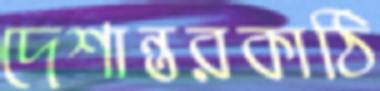
দেশান্তরকাঠি